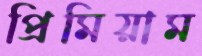
প্রিমিয়াম